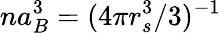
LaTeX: na_{B}^{3}=(4\pi r_{s}^{3}/3)^{-1}